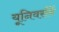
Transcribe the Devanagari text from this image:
यूनिवर्समें